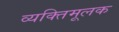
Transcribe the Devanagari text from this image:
व्यक्तिमूलक